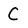
Character: C